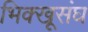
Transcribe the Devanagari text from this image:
भिक्खूसंघ